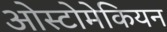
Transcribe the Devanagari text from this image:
ओस्टोमेकियन